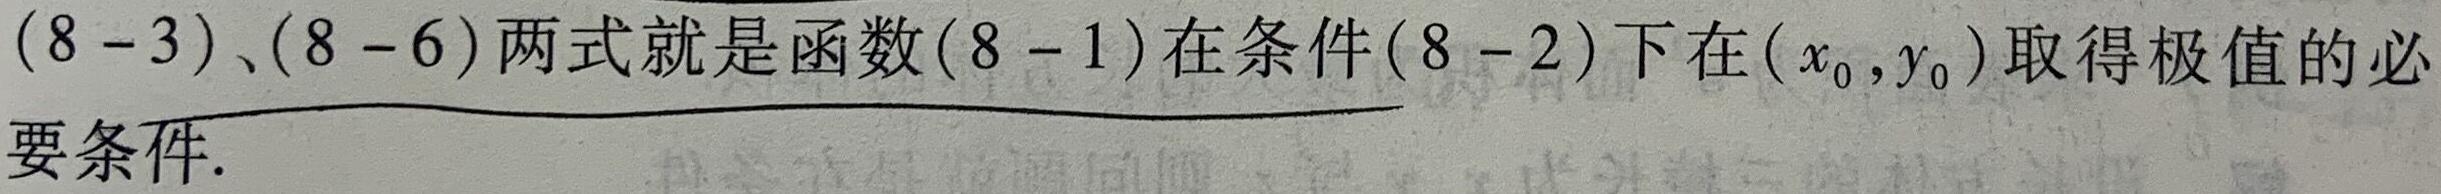
$(8 - 3)$、$(8 - 6)$两式就是函数$(8 - 1)$在条件$(8 - 2)$下在$(x_0,y_0)$取得极值的必要条件.